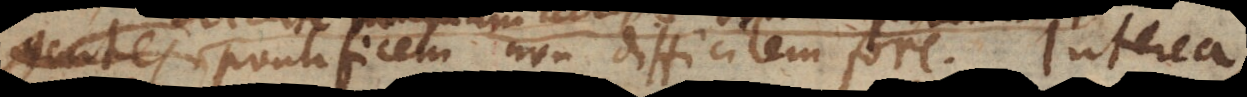
gentes pontificem non difficilem fore. Interea